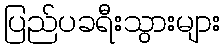
ပြည်ပခရီးသွားများ